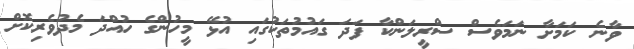
ވާނެ ކަމަށާ ނަމަވެސް ސްރީލަންކާ ފަދަ ގައުމުތަކުގައި އުޅޭ މީހުންގެ ހުއްދަ މެދުވެރިކޮށް